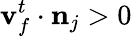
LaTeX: \mathbf{v}_{f}^{t}\cdot\mathbf{n}_{j}>0